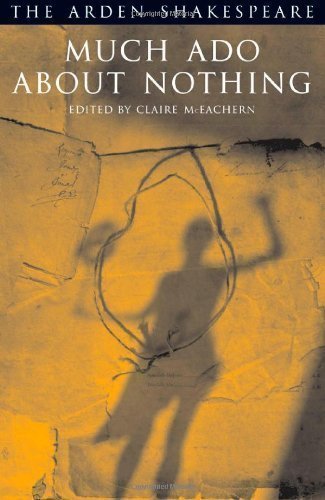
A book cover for Much Ado about Nothing (Arden Shakespeare: Third Series) 3rd (third) Edition by William Shakespeare published by Arden Shakespeare (2005) Paperback; Literature & Fiction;